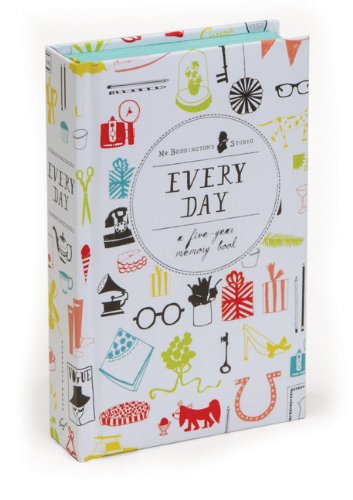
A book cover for Every Day: A Five-Year Memory Book; Mr. Boddington's Studio; Arts & Photography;